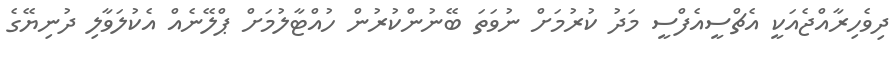
ދިވެހިރާއްޖެއަކީ އެޗްސީއެފްސީ މަދު ކުރުމަށް ނުވަތަ ބޭނުންކުރުން ހުއްޓާލުމަށް ޕްލޭނެއް އެކުލަވާލި ދުނިޔޭގެ